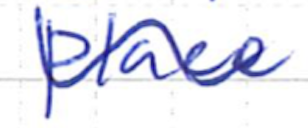
Text: place
Cross-out: wave
Writing tool: ballpoint